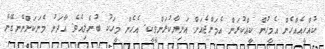
ކުއްހީއެއްހެން އެމީހުން ކީއްކުރަން އެމަންޖެއަށް އަނިޔާކުރަންވީކީ. އެހެން މީހަކު ބުނެލިއެވެ. އާދަނު މެނަކަށްނޭނގޭނެ